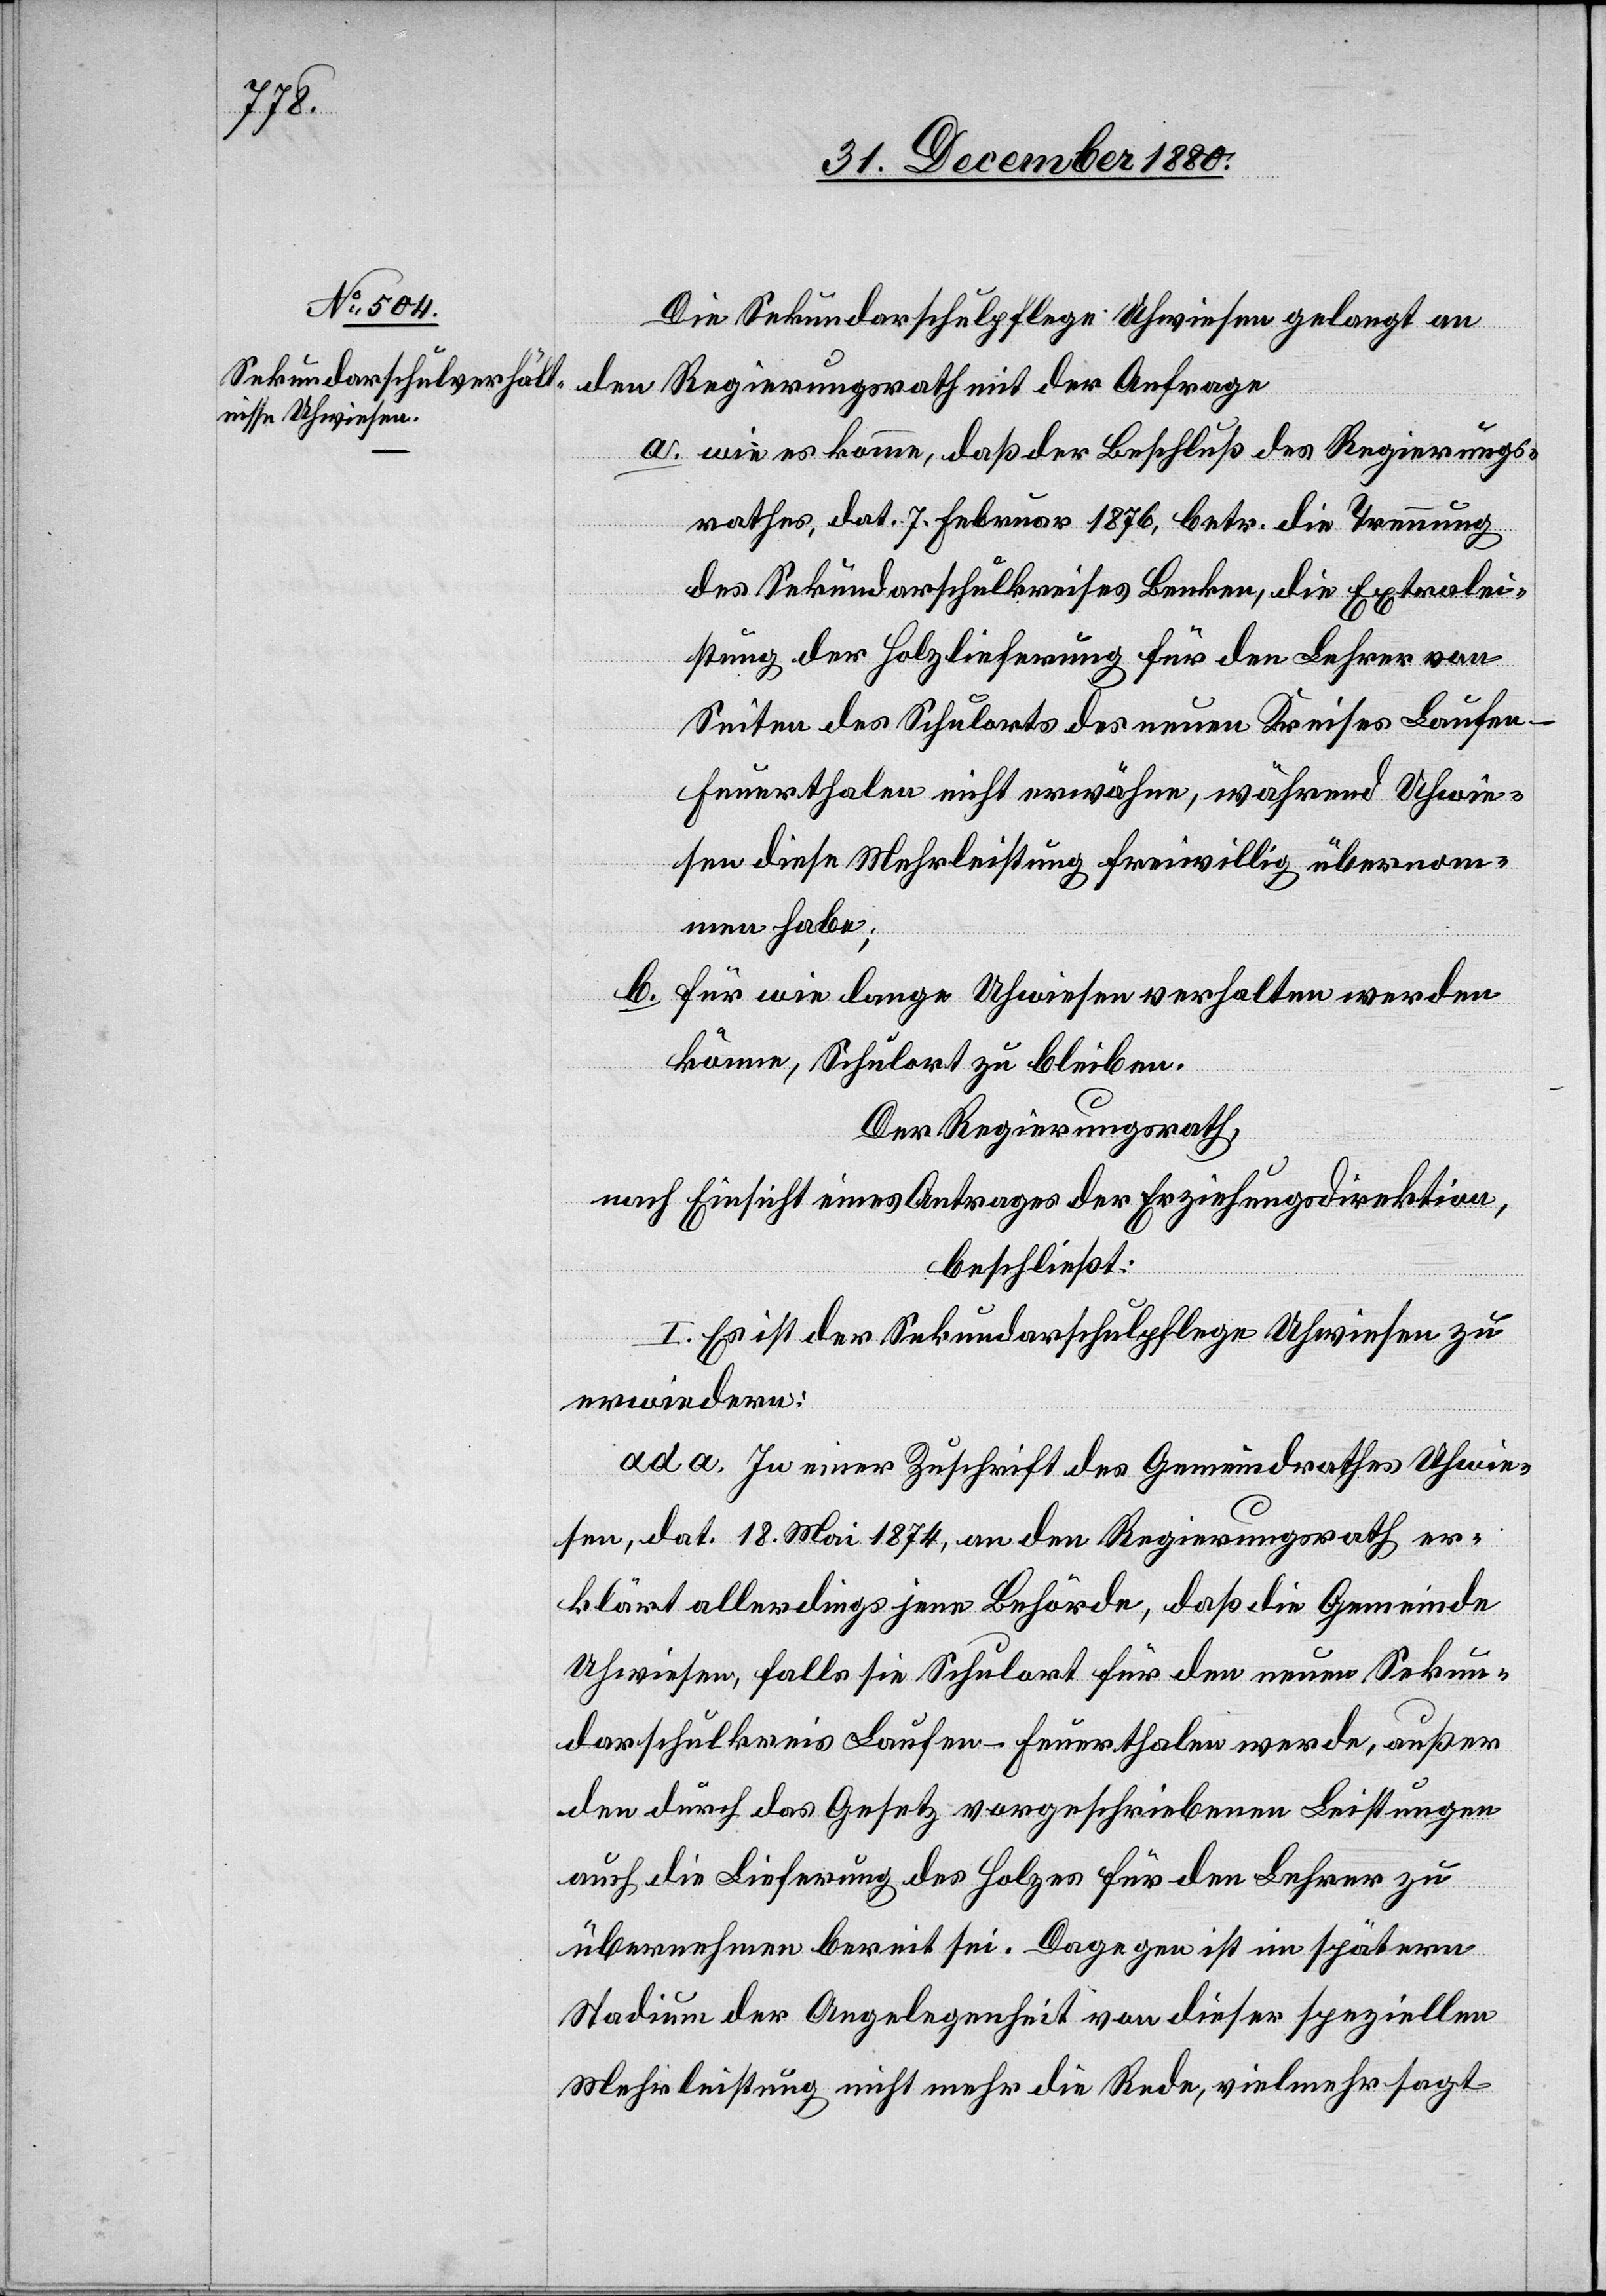
Die Sekundarschulpflege Uhwiesen gelangt an
den Regierungsrath mit der Anfrage
a. wie es komme, daß der Beschluß des Regierungs¬
rathes, dat. 7. Februar 1876, betr. die Trennung
des Sekundarschulkreises Benken, die Extralei¬
stung der Holzlieferung für den Lehrer von
Seiten des Schulorts des neuen Kreises Laufen-F¬
euerthalen nicht erwähne, während Uhwie¬
sen diese Mehrleistung freiwillig übernom¬
men habe;
b. für wie lange Uhrwiesen verhalten werden
könne, Schulort zu bleiben.
Der Regierungsrath,
nach Einsicht eines Antrages der Erziehungsdirektion,
beschließt:
I. Es ist der Sekundarschulpflege Uhwiesen zu
erwiedern:
ad a. In einer Zuschrift des Gemeindrathes Uhwie¬
sen, dat. 18. Mai 1874, an den Regierungsrath er¬
klärt allerdings jene Behörde, daß die Gemeinde
Uhwiesen, falls sie Schulort für den neuen Sekun¬
darschulkreis Laufen-Feuerthalen werde, außer
den durch das Gesetz vorgeschriebenen Leistungen
auch die Lieferung des Holzes für den Lehrer zu
übernehmen bereit sei. Dagegen ist im spätern
Stadium der Angelegenheit von dieser speziellen
Mehrleistung nicht mehr die Rede, vielmehr sagt